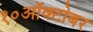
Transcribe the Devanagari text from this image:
१०ऑक्टोबर